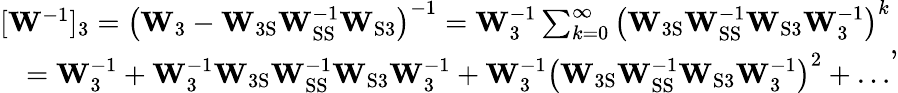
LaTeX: \begin{array}{r}{[\mathbf{W}^{-1}]_{3}=\left(\mathbf{W}_{3}-\mathbf{W}_{\mathrm{3S}}\mathbf{W}_{\mathrm{SS}}^{-1}\mathbf{W}_{\mathrm{S3}}\right)^{-1}=\mathbf{W}_{3}^{-1}\sum_{k=0}^{\infty}\left(\mathbf{W}_{\mathrm{3S}}\mathbf{W}_{\mathrm{SS}}^{-1}\mathbf{W}_{\mathrm{S3}}\mathbf{W}_{3}^{-1}\right)^{k}}\\ {=\mathbf{W}_{3}^{-1}+\mathbf{W}_{3}^{-1}\mathbf{W}_{\mathrm{3S}}\mathbf{W}_{\mathrm{SS}}^{-1}\mathbf{W}_{\mathrm{S3}}\mathbf{W}_{3}^{-1}+\mathbf{W}_{3}^{-1}\left(\mathbf{W}_{\mathrm{3S}}\mathbf{W}_{\mathrm{SS}}^{-1}\mathbf{W}_{\mathrm{S3}}\mathbf{W}_{3}^{-1}\right)^{2}+\dots}\end{array},